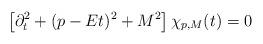
LaTeX: \begin{align*}\left[ \partial_t^2 + (p-Et)^2 + M^2 \right] \chi_{p,M}(t) = 0\end{align*}